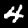
Digit: 4